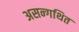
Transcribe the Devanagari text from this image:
असन्गथित